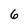
Character: 6